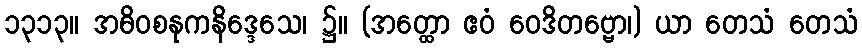
၁၃၁၃။ အဓိဝစနုကနိဒ္ဒေသေ၊ ၌။ (အတ္ထော ဧဝံ ဝေဒိတဗ္ဗော၊) ယာ တေသံ တေသံ